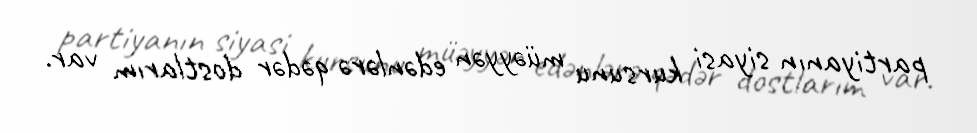
partiyanın siyasi kursunu müəyyən edənlərə qədər dostlarım var.